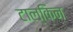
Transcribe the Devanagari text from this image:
टाल्किन